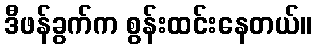
ဒီဖန်ခွက်က စွန်းထင်းနေတယ်။